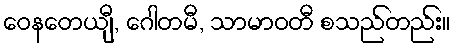
ဝေနတေယျီ, ဂေါတမီ, သာမာဝတီ စသည်တည်း။